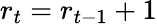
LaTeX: r_{t}=r_{t-1}+1